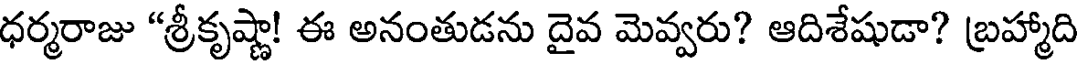
ధర్మరాజు "శ్రీకృష్ణా! ఈ అనంతుడను దైవ మెవ్వరు? ఆదిశేషుడా? బ్రహ్మాది